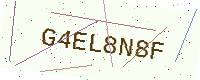
Text: G4EL8N8F